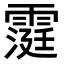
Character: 𮦧